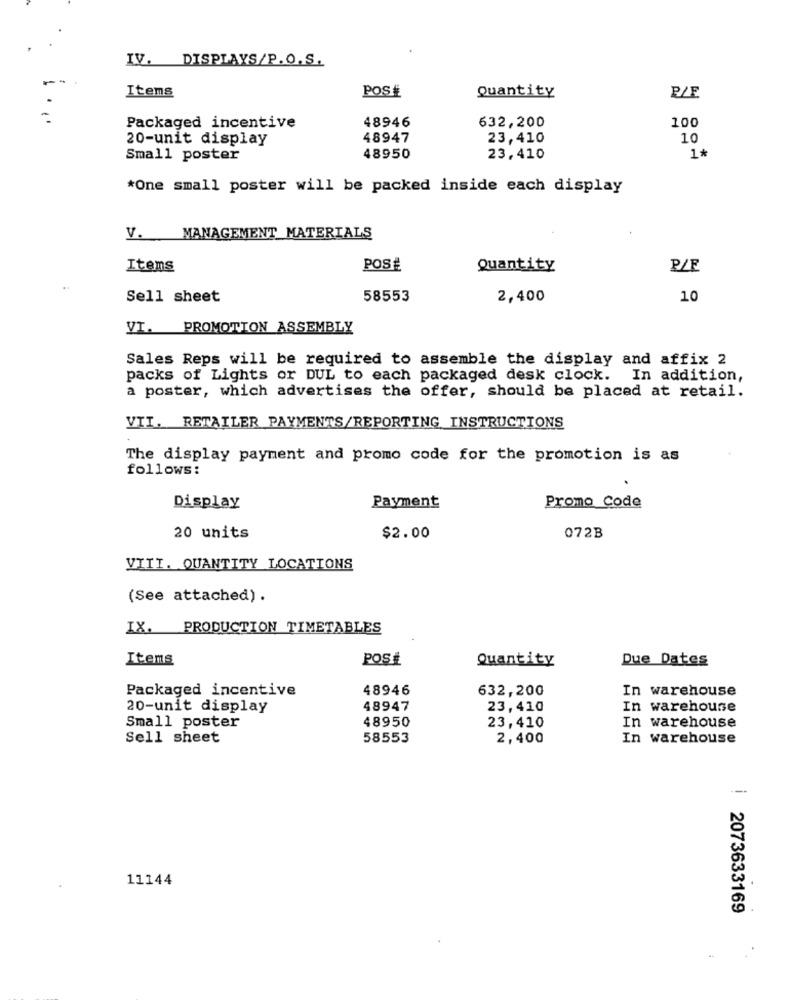
IV. DISPLAYS/P.O.S.
Items
POSE
Quantity
P/E
48946
632,200
100
Packaged incentive
20-unit display
48947
23,410
10
Small poster
48950
23,410
1*
*One small poster will be packed inside each display
V. MANAGEMENT MATERIALS
Items
POSÉ
Quantity
P/F
Sell sheet
58553
2,400
10
VI. PROMOTION ASSEMBLY
Sales Reps will be required to assemble the display and affix 2
packs of Lights or DUL to each packaged desk clock. In addition,
a poster, which advertises the offer, should be placed at retail.
VII. RETAILER PAYMENTS/REPORTING INSTRUCTIONS
The display payment and promo code for the promotion is as
follows:
Payment
Promo Code
Display
20 units
$2.00
072B
VIII. QUANTITY LOCATIONS
(See attached).
IX. PRODUCTION TIMETABLES
Items
POSÉ
Quantity
Due Dates
Packaged incentive
48946
632,200
In warehouse
20-unit display
48947
23,410
In warehouse
48950
In warehouse
Small poster
23,410
Sell sheet
58553
2,400
In warehouse
11144
i 2073633169